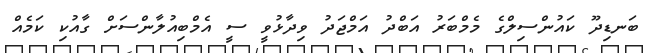
ބަނޑިދޫ ކައުންސިލްގެ މެމްބަރު އަބްދު އަމްޖަދު ވިދާޅުވީ ސީ އެމްބިއުލާންސަށް ގާއުކި ކަމެއް